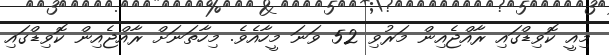
މިއީ ކޮވިޑްގައި ރާއްޖެއިން މަރުވި 52 ވަނަ މީހާއެވެ. މިހާތަނަށް ރާއްޖެއިން ކޮވިޑްގައި